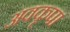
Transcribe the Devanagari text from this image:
अवकृपा